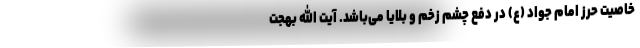
خاصیت حرز امام جواد (ع) در دفع چشم زخم و بلایا می‌باشد. آیت الله بهجت